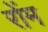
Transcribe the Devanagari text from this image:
रोंम